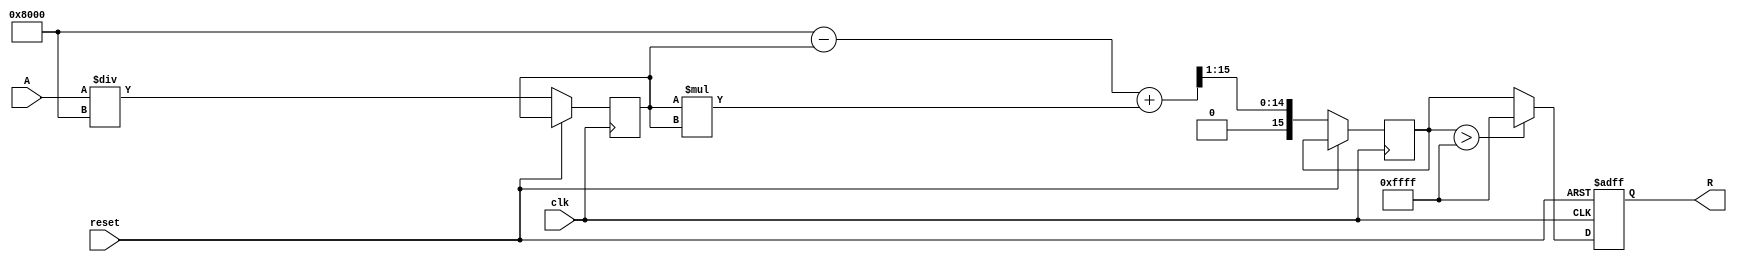
module ApproximateReciprocal (
    input wire [15:0] A,      // Input Data (16-bit fixed-point)
    output reg [15:0] R,      // Output Data (Approximate Reciprocal)
    input wire clk,           // Clock signal
    input wire reset          // Reset signal
);

    // Parameters for approximation
    parameter [15:0] MAX_INPUT = 16'hFFFF; // Maximum input value
    parameter [15:0] SCALE_FACTOR = 16'h8000; // Scale factor for normalization

    // Polynomial coefficients for approximation (example: 1 - x + x^2)
    parameter [15:0] COEFF_0 = 16'h8000; // 1.0 in fixed-point
    parameter [15:0] COEFF_1 = 16'h8000; // -1.0 in fixed-point
    parameter [15:0] COEFF_2 = 16'h4000; // 0.5 in fixed-point

    // Internal signals
    reg [15:0] normalized_A;
    reg [15:0] approx_result;

    // Normalize input and compute approximate reciprocal
    always @(posedge clk or posedge reset) begin
        if (reset) begin
            R <= 16'h0000; // Reset output
        end else begin
            // Normalize input A to the range [0, 1]
            normalized_A <= A / SCALE_FACTOR;

            // Approximate reciprocal using polynomial approximation
            // R = 1 - A + 0.5 * A^2 (example polynomial)
            approx_result <= COEFF_0 - normalized_A + (normalized_A * normalized_A) >> 1;

            // Saturate the output to handle edge cases
            if (approx_result > MAX_INPUT) begin
                R <= MAX_INPUT; // Saturate to max value
            end else begin
                R <= approx_result;
            end
        end
    end

endmodule